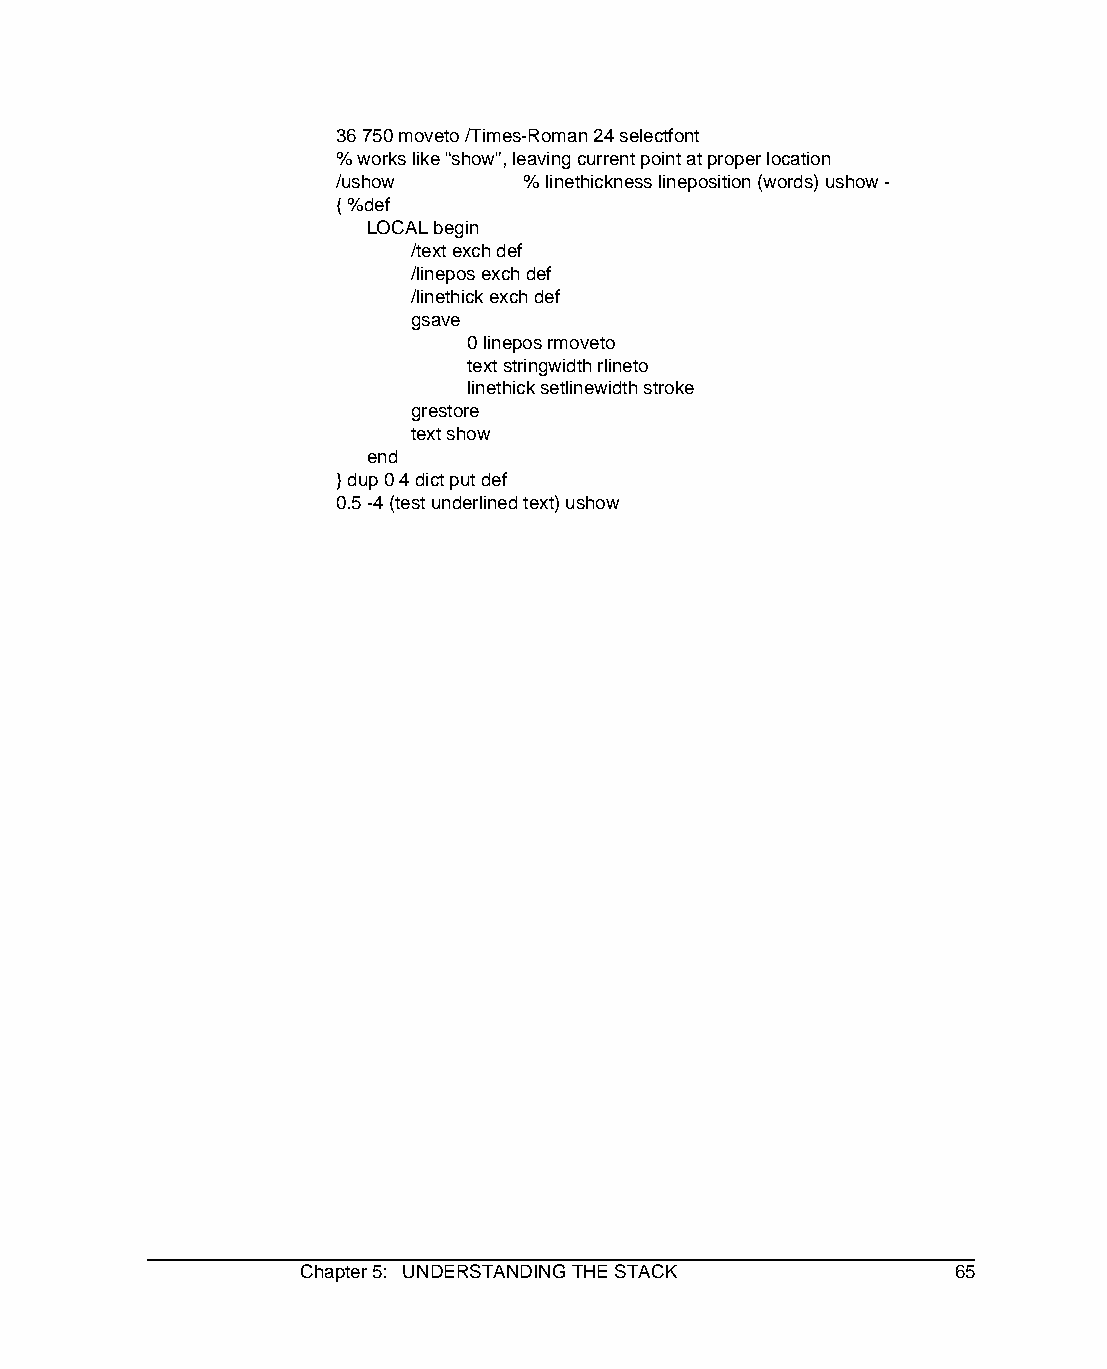
36 750 moveto /Times-Roman 24 selectfont
 % works like “show”, leaving current point at proper location
 /ushow      % linethickness lineposition (words) ushow -
 { %def
 LOCAL begin
 /text exch def
 /linepos exch def
 /linethick exch def
 gsave
 0 linepos rmoveto
 text stringwidth rlineto
 linethick setlinewidth stroke
 grestore
 text show
 end
 } dup 0 4 dict put def
 0.5 -4 (test underlined text) ushow
 Chapter 5: UNDERSTANDING THE STACK         65